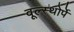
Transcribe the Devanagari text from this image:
वूल्स्थोर्पे